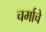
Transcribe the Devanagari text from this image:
चर्माचे